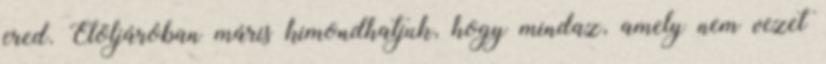
ered. Elöljáróban máris kimondhatjuk, hogy mindaz, amely nem vezet